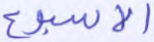
الأسبوع